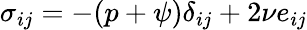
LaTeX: \sigma_{ij}=-(p+\psi)\delta_{ij}+2\nu e_{ij}